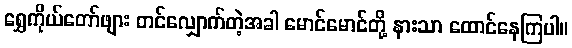
ရွှေကိုယ်တော်ဖျား တင်လျှောက်တဲ့အခါ မောင်မောင်တို့ နားသာ ထောင်နေကြပါ။